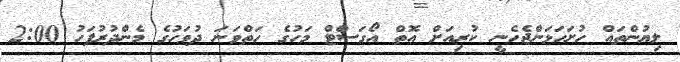
ލިޔުންތައް ހުށަހަޅަންޖެހެނީ ކުރިއަށް އޮތް އޯގަސްޓް މަހުގެ ހަތްވަނަ ދުވަހުގެ މެންދުރުފަހު 2:00